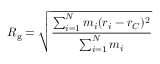
R _ { \mathrm { g } } = { \sqrt { \frac { \sum _ { i = 1 } ^ { N } m _ { i } ( r _ { i } - r _ { C } ) ^ { 2 } } { \sum _ { i = 1 } ^ { N } m _ { i } } } }